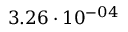
3 . 2 6 \cdot 1 0 ^ { - 0 4 }